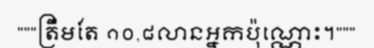
"""ត្រឹមតែ ១០,៨លានអ្នកប៉ុណ្ណោះ។"""